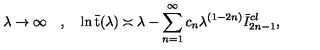
\lambda \rightarrow \infty \quad , \quad \ln \bar { \mathrm { t } } ( \lambda ) \asymp \lambda - \sum _ { n = 1 } ^ { \infty } c _ { n } \lambda ^ { ( 1 - 2 n ) } \bar { I } _ { 2 n - 1 } ^ { c l } ,